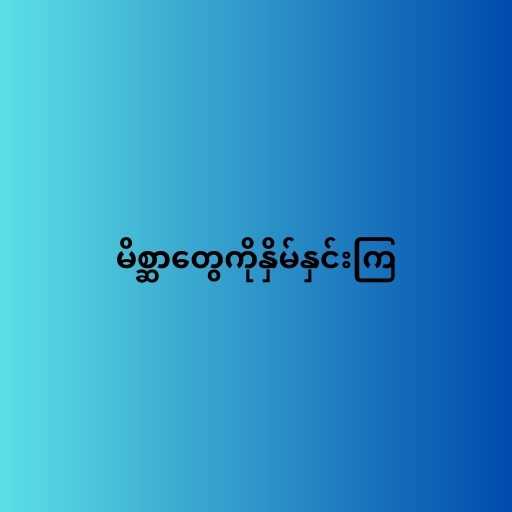
မိစ္ဆာတွေကိုနှိမ်နှင်းကြ